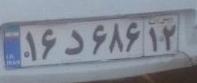
۱۶د۶۸۶۱۲